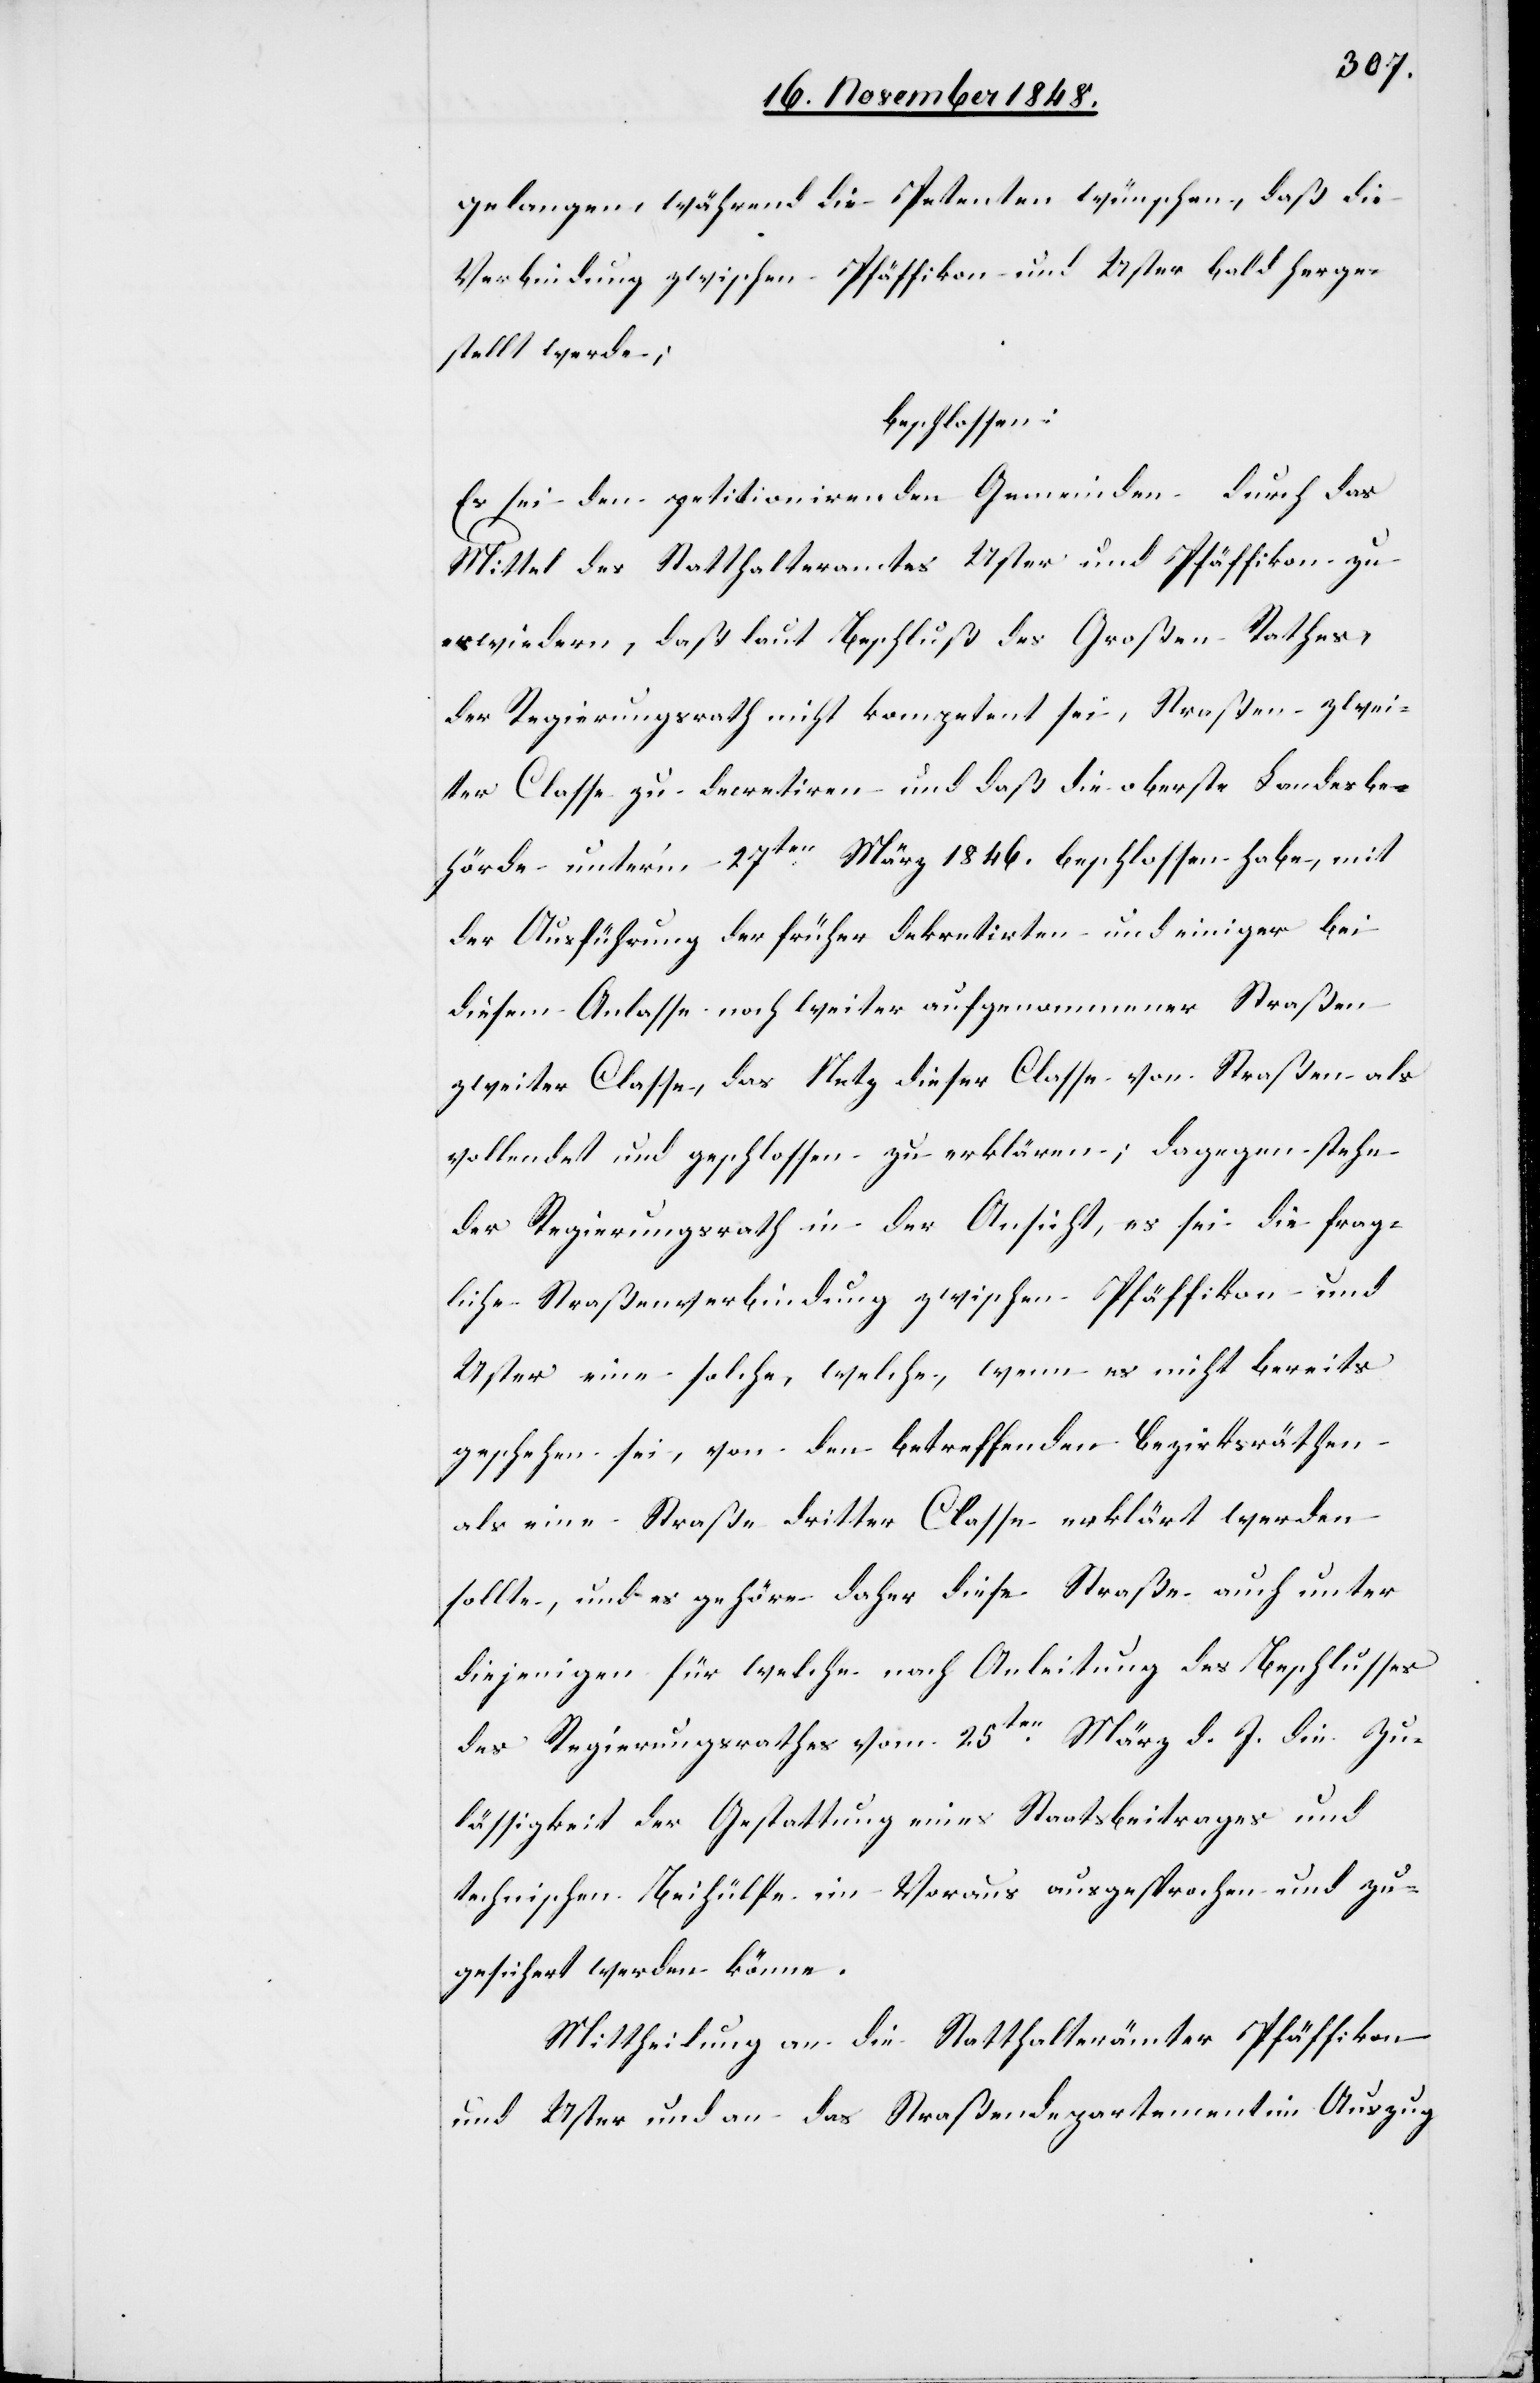
gelangen, während die Petenten wünschen, daß die
Verbindung zwischen Pfäffikon und Uster bald herge¬
stellt werde;
beschlossen:
Es sei den petitionirenden Gemeinden durch das
Mittel des Statthalteramtes Uster und Pfäffikon zu
erwiedern, daß laut Beschluß des Großen Rathes,
der Regierungsrath nicht kompetent sei, Straßen zwei¬
ter Classe zu decretiren und daß die oberste Landesbe¬
hörde unter’m 27ten März 1846. beschlossen habe, mit
der Ausführung der früher dekretirten und einiger bei
diesem Anlasse noch weiter aufgenommener Straßen
zweiter Classe, das Netz dieser Classe von Straßen als
vollendet und geschlossen zu erklären; dagegen stehe
der Regierungsrath in der Ansicht, es sei die frag¬
liche Straßenverbindung zwischen Pfäffikon und
Uster eine solche, welche, wenn es nicht bereits
geschehen sei, von den betreffenden Bezirksräthen
als eine Straße dritter Classe erklärt werden
sollte, und es gehöre daher diese Straße auch unter
diejenigen für welche nach Anleitung des Beschlusses
des Regierungsrathes vom 25ten März d. J. die Zu¬
lässigkeit der Gestattung eines Staatsbeitrages und
technischen Beihülfe im Voraus ausgesprochen und zu¬
gesichert werden könne.
Mittheilung an die Statthalterämter Pfäffikon
und Uster und an das Straßendepartement im Auszug.